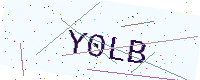
Text: Y0LB